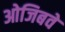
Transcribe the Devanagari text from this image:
ओजिबवे